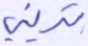
تريني